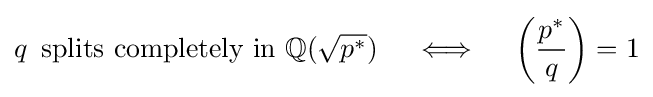
q\,{\mbox{ splits completely in }}\mathbb {Q} ({\sqrt {p^{*}}})\quad \iff \quad \left({\frac {p^{*}}{q}}\right)=1